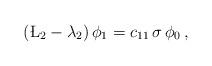
LaTeX: \begin{align*} (\L_2-\lambda_2)\, \phi_1 = c_{11} \, \sigma\, \phi_0 \,,\end{align*}